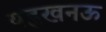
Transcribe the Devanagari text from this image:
यह्लखनऊ